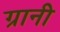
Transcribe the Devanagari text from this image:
ग्रानी